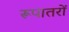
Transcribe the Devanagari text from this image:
रूपातरों